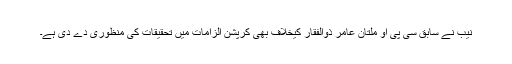
نیب نے سابق سی پی او ملتان عامر ذوالفقار کیخلاف بھی کرپشن الزامات میں تحقیقات کی منظوری دے دی ہے۔